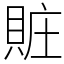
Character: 賍